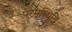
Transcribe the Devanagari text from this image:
परमस्थिति